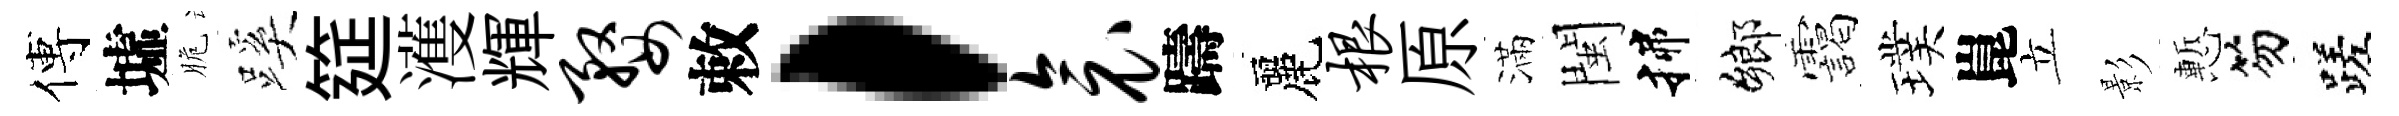
傅墟脆蹊筵濩輝婺敕，衾躊麗根原滿閩揲鄉靄璞崑立影慙笏蹉